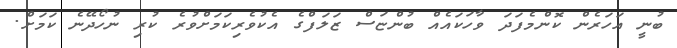
ބުނީ އަހަރެން ކޮންމެފަދަ ވާހަކައެއް ބުންޏަސް ޒަލަފްގެ އެކުވެރިކަމަށްވުރެ ކުރި ނުހޯދޭނެ ކަމަށް.